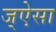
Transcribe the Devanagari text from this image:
ज्ऐसा